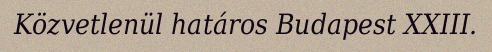
Közvetlenül határos Budapest XXIII.